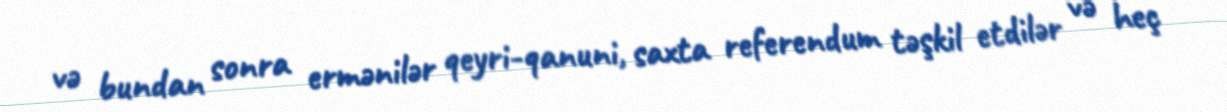
və bundan sonra ermənilər qeyri-qanuni, saxta referendum təşkil etdilər və heç